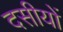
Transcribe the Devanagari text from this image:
दसीयों